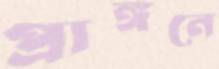
প্রাঙ্গনে